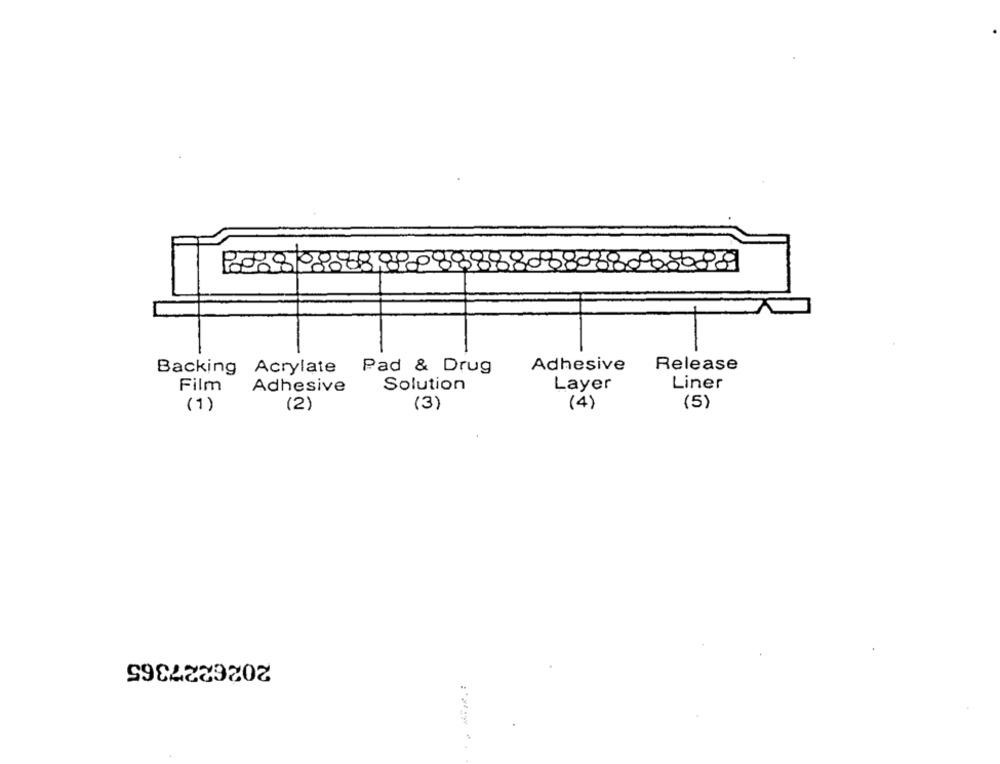
80889
Adhesive
Release
Backing
Acrylate
Pad & Drug
Film
Adhesive
Solution
Layer
Liner
(2)
(3)
(4)
(5)
(1)
2026227365